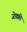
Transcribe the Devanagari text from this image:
जेफ़्फ़्री